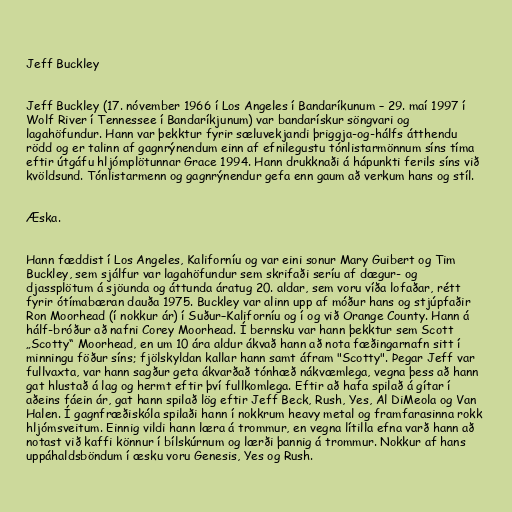
Jeff Buckley

Jeff Buckley (17. nóvember 1966 í Los Angeles í Bandaríkunum – 29. maí 1997 í
Wolf River í Tennessee í Bandaríkjunum) var bandarískur söngvari og
lagahöfundur. Hann var þekktur fyrir sæluvekjandi þriggja-og-hálfs átthendu
rödd og er talinn af gagnrýnendum einn af efnilegustu tónlistarmönnum síns tíma
eftir útgáfu hljómplötunnar Grace 1994. Hann drukknaði á hápunkti ferils síns við
kvöldsund. Tónlistarmenn og gagnrýnendur gefa enn gaum að verkum hans og stíl.

Æska.

Hann fæddist í Los Angeles, Kaliforníu og var eini sonur Mary Guibert og Tim
Buckley, sem sjálfur var lagahöfundur sem skrifaði seríu af dægur- og
djassplötum á sjöunda og áttunda áratug 20. aldar, sem voru víða lofaðar, rétt
fyrir ótímabæran dauða 1975. Buckley var alinn upp af móður hans og stjúpfaðir
Ron Moorhead (í nokkur ár) í Suður–Kaliforníu og í og við Orange County. Hann á
hálf-bróður að nafni Corey Moorhead. Í bernsku var hann þekktur sem Scott
„Scotty“ Moorhead, en um 10 ára aldur ákvað hann að nota fæðingarnafn sitt í
minningu föður síns; fjölskyldan kallar hann samt áfram "Scotty". Þegar Jeff var
fullvaxta, var hann sagður geta ákvarðað tónhæð nákvæmlega, vegna þess að hann
gat hlustað á lag og hermt eftir því fullkomlega. Eftir að hafa spilað á gítar í
aðeins fáein ár, gat hann spilað lög eftir Jeff Beck, Rush, Yes, Al DiMeola og Van
Halen. Í gagnfræðiskóla spilaði hann í nokkrum heavy metal og framfarasinna rokk
hljómsveitum. Einnig vildi hann læra á trommur, en vegna lítilla efna varð hann að
notast við kaffi könnur í bílskúrnum og lærði þannig á trommur. Nokkur af hans
uppáhaldsböndum í æsku voru Genesis, Yes og Rush.